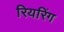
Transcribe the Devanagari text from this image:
रियरिंग